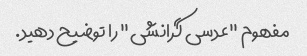
مفهوم "عدسی گرانشی" را توضیح دهید.